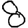
Digit: 8